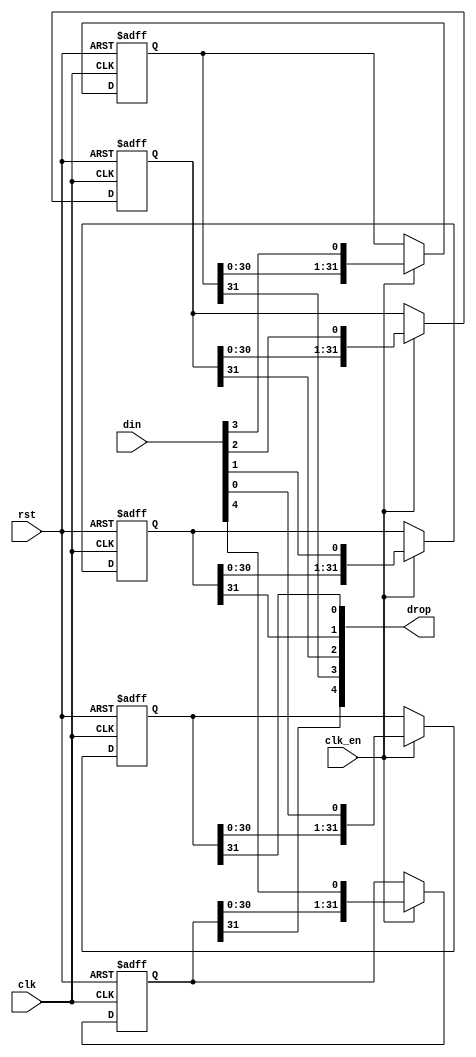
// This program was cloned from: https://github.com/MiSTer-devel/Genesis_MiSTer
// License: GNU General Public License v3.0

/*  This file is part of JT12.

    JT12 is free software: you can redistribute it and/or modify
    it under the terms of the GNU General Public License as published by
    the Free Software Foundation, either version 3 of the License, or
    (at your option) any later version.

    JT12 is distributed in the hope that it will be useful,
    but WITHOUT ANY WARRANTY; without even the implied warranty of
    MERCHANTABILITY or FITNESS FOR A PARTICULAR PURPOSE.  See the
    GNU General Public License for more details.

    You should have received a copy of the GNU General Public License
    along with JT12.  If not, see <http://www.gnu.org/licenses/>.

	Author: Jose Tejada Gomez. Twitter: @topapate
	Version: 1.0
	Date: 1-31-2017
	*/


// stages must be greater than 2
module jt12_sh_rst #(parameter width=5, stages=32, rstval=1'b0 )
(
	input					rst,	
	input 					clk,
	input					clk_en /* synthesis direct_enable */,
	input		[width-1:0]	din,
   	output		[width-1:0]	drop
);

reg [stages-1:0] bits[width-1:0];

genvar i;
integer k;
generate
initial
	for (k=0; k < width; k=k+1) begin
		bits[k] = { stages{rstval}};
	end
endgenerate

generate
	for (i=0; i < width; i=i+1) begin: bit_shifter
		always @(posedge clk, posedge rst) 
			if( rst ) begin
				bits[i] <= {stages{rstval}};
			end else if(clk_en) begin
				bits[i] <= {bits[i][stages-2:0], din[i]};
			end
		assign drop[i] = bits[i][stages-1];
	end
endgenerate

endmodule